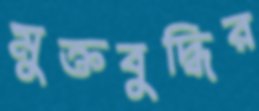
মুক্তবুদ্ধির